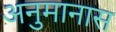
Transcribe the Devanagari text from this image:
अनुमानास